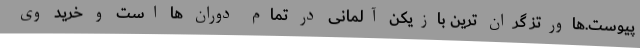
پیوست.هاورتز گران ترین بازیکن آلمانی در تمام دوران ها است و خرید وی